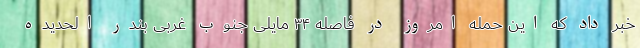
خبر داد که این حمله امروز در فاصله ۳۴ مایلی جنوب غربی بندر الحدیده